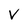
Character: v